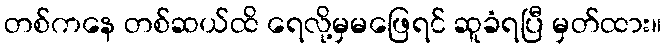
တစ်ကနေ တစ်ဆယ်ထိ ရေလို့မှမဖြေရင် ဆူခံရပြီ မှတ်ထား။